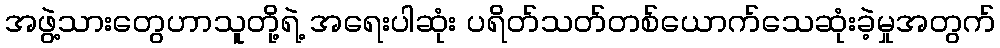
အဖွဲ့သားတွေဟာသူတို့ရဲ့ အရေးပါဆုံး ပရိတ်သတ်တစ်ယောက်သေဆုံးခဲ့မှုအတွက်